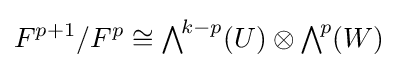
F^{p+1}/F^{p}\cong {\textstyle \bigwedge }^{\!k-p}(U)\otimes {\textstyle \bigwedge }^{\!p}(W)